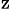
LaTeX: _\mathrm{z}